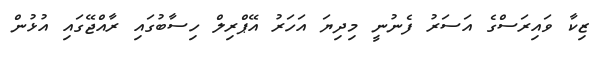
ޒިކާ ވައިރަސްގެ އަސަރު ފެނުނީ މިދިޔަ އަހަރު އޭޕްރިލް ހިސާބުގައި ރާއްޖޭގައި އުޅުން